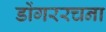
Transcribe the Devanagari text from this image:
डोंगररचना